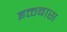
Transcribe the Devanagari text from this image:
इक्तबास